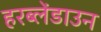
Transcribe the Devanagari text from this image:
हरब्लेंडाउन